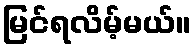
မြင်ရလိမ့်မယ်။